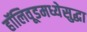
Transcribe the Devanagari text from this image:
हॉलिवूडमध्येसुद्धा